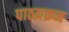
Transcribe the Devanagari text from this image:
पाठय़क्रम